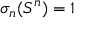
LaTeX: \sigma _ { n } ( S ^ { n } ) = 1